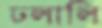
ঢলালি